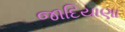
જાદિયાણા